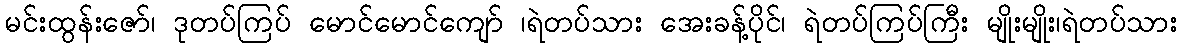
မင်းထွန်းဇော်၊ ဒုတပ်ကြပ် မောင်မောင်ကျော် ၊ရဲတပ်သား အေးခန့်ပိုင်၊ ရဲတပ်ကြပ်ကြီး မျိုးမျိုး၊ရဲတပ်သား